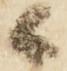
上